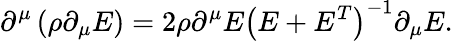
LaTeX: \partial^{\mu}\left(\rho\partial_{\mu}E\right)=2\rho\partial^{\mu}E\left(E+E^{T}\right)^{-1}\partial_{\mu}E.